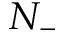
N _ { - }